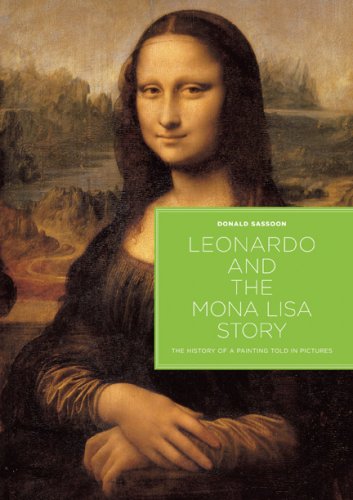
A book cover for Leonardo and the Mona Lisa Story: The History of a Painting Told in Pictures; Donald Sassoon; Arts & Photography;